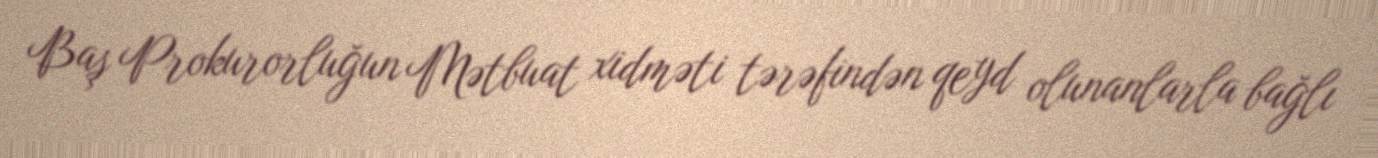
Baş Prokurorluğun Mətbuat xidməti tərəfindən qeyd olunanlarla bağlı